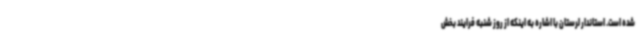
شده است. استاندار لرستان با اشاره به اینکه از روز شنبه فرایند بخش